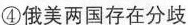
④俄美两国存在分歧